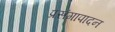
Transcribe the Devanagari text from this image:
प्रसंगापादन